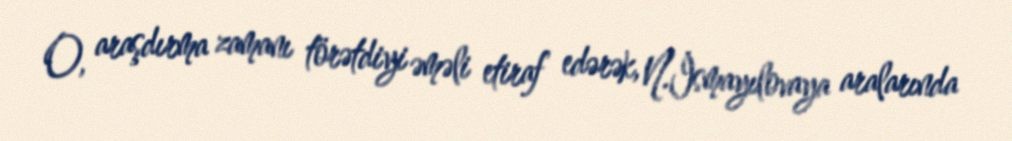
O, araşdırma zamanı törətdiyi əməli etiraf edərək, N.İsmayılovaya aralarında